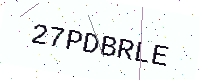
Text: 27PDBRLE